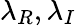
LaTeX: \lambda_{R},\lambda_{I}